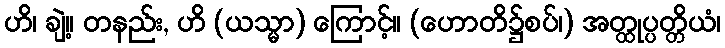
ဟိ၊ ချဲ့။ တနည်း, ဟိ (ယသ္မာ) ကြောင့်။ (ဟောတိ၌စပ်၊) အတ္ထုပ္ပတ္တိယံ၊